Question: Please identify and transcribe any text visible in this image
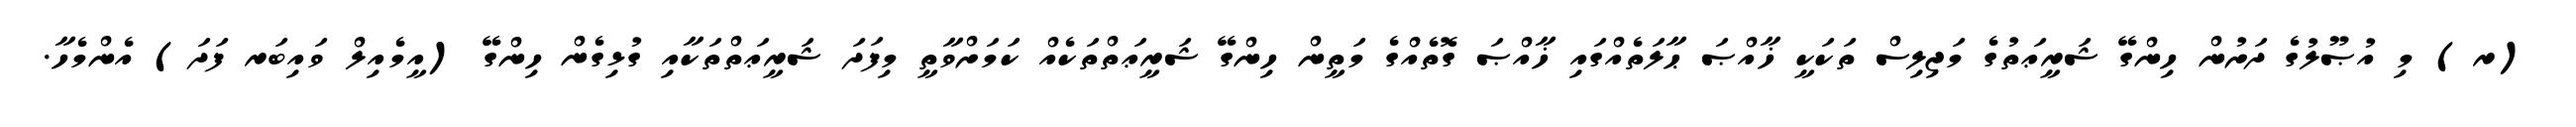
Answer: (ރ) މި އުޞޫލުގެ ދަށުން ހިންގޭ ޝަރީޢަތުގެ މަޖިލިސް ތަކަކީ ޚާއްޞަ ޙާލަތެއްގައި ޚާއްޞަ ގޮތެއްގެ މަތީން ހިންގޭ ޝަރީޢަތްތަކެއް ކަމަށްވާތީ މިފަދަ ޝަރީޢަތްތަކާއި ގުޅިގެން ހިންގޭ (އީމެއިލް ވައިބަރ ފަދަ) އެންމެހާ.